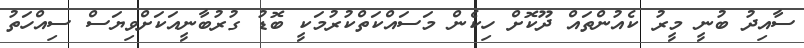
ސާއިދު ބުނީ މީރު ކެއުންތައް ދޫކޮށް ހިކެން މަސައްކަތްކުރުމަކީ ބޮޑު ގުރުބާނީއަކަށްވިޔަސް ސިއްހަތު